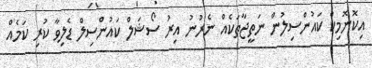
އިކޮނޮމިކް ކައުންސިލުން ނަތީޖާތަކެއް ނެރުނު އިރު ސޯޝަލް ކައުންސިލް ޑެލިވާ ކުރި ކަމެއް